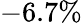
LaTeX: -6.7\%